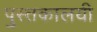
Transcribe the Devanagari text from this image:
पुस्तकालयी